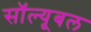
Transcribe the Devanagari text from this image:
सॉल्यूबल